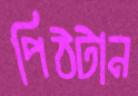
পিঠটান